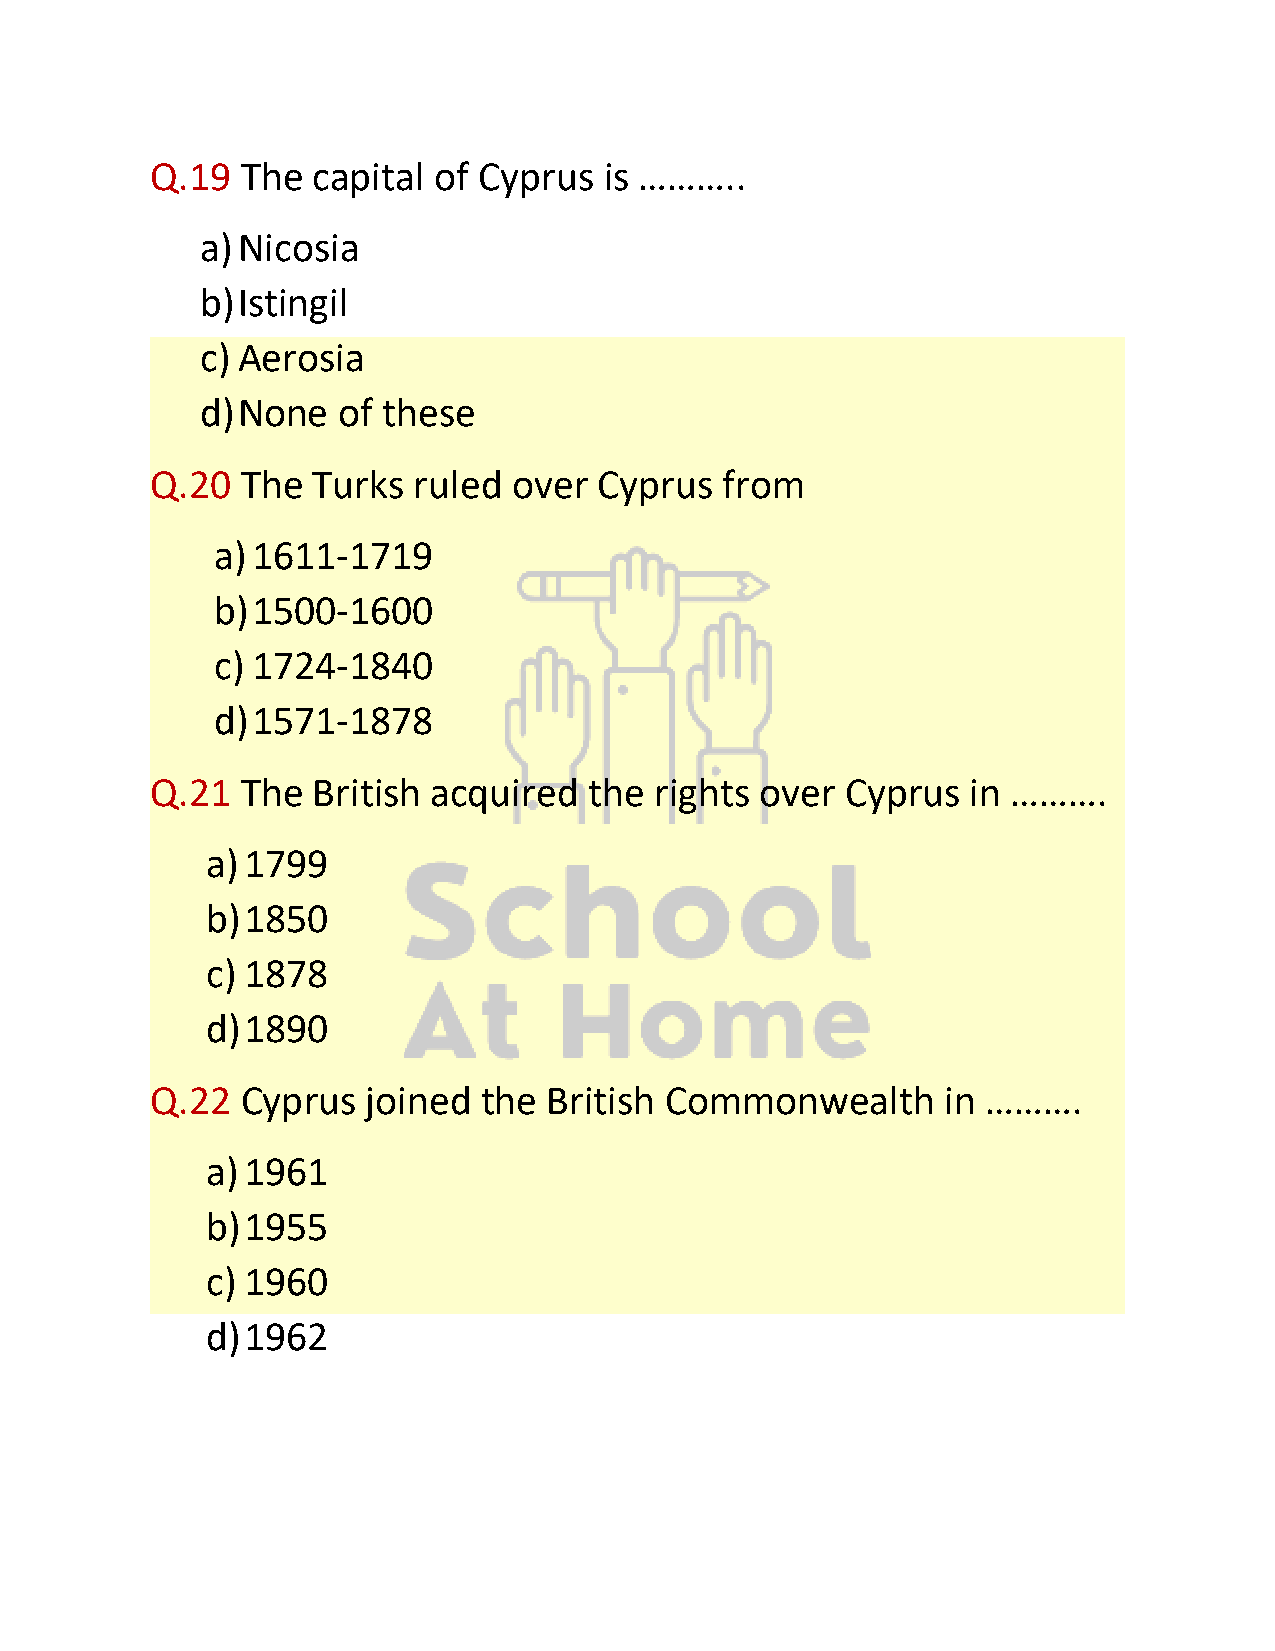
Q.19  The  capital of Cyprus  is ………..
 a) Nicosia
 b) Istingil
 c) Aerosia
 d) None  of these
 Q.20  The  Turks ruled  over  Cyprus  from
 a) 1611-1719
 b) 1500-1600
 c) 1724-1840
 d) 1571-1878
 Q.21  The  British acquired  the rights over  Cyprus  in ……….
 a) 1799
 b) 1850
 c) 1878
 d) 1890
 Q.22  Cyprus  joined  the British Commonwealth       in ……….
 a) 1961
 b) 1955
 c) 1960
 d) 1962